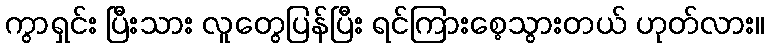
ကွာရှင်း ပြီးသား လူတွေပြန်ပြီး ရင်ကြားစေ့သွားတယ် ဟုတ်လား။